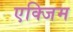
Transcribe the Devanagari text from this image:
एक्जिम